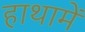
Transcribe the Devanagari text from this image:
हाथामें